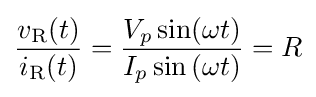
{\frac {v_{\text{R}}{\mathord {\left(t\right)}}}{i_{\text{R}}{\mathord {\left(t\right)}}}}={\frac {V_{p}\sin(\omega t)}{I_{p}\sin {\mathord {\left(\omega t\right)}}}}=R